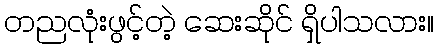
တညလုံးဖွင့်တဲ့ ဆေးဆိုင် ရှိပါသလား။